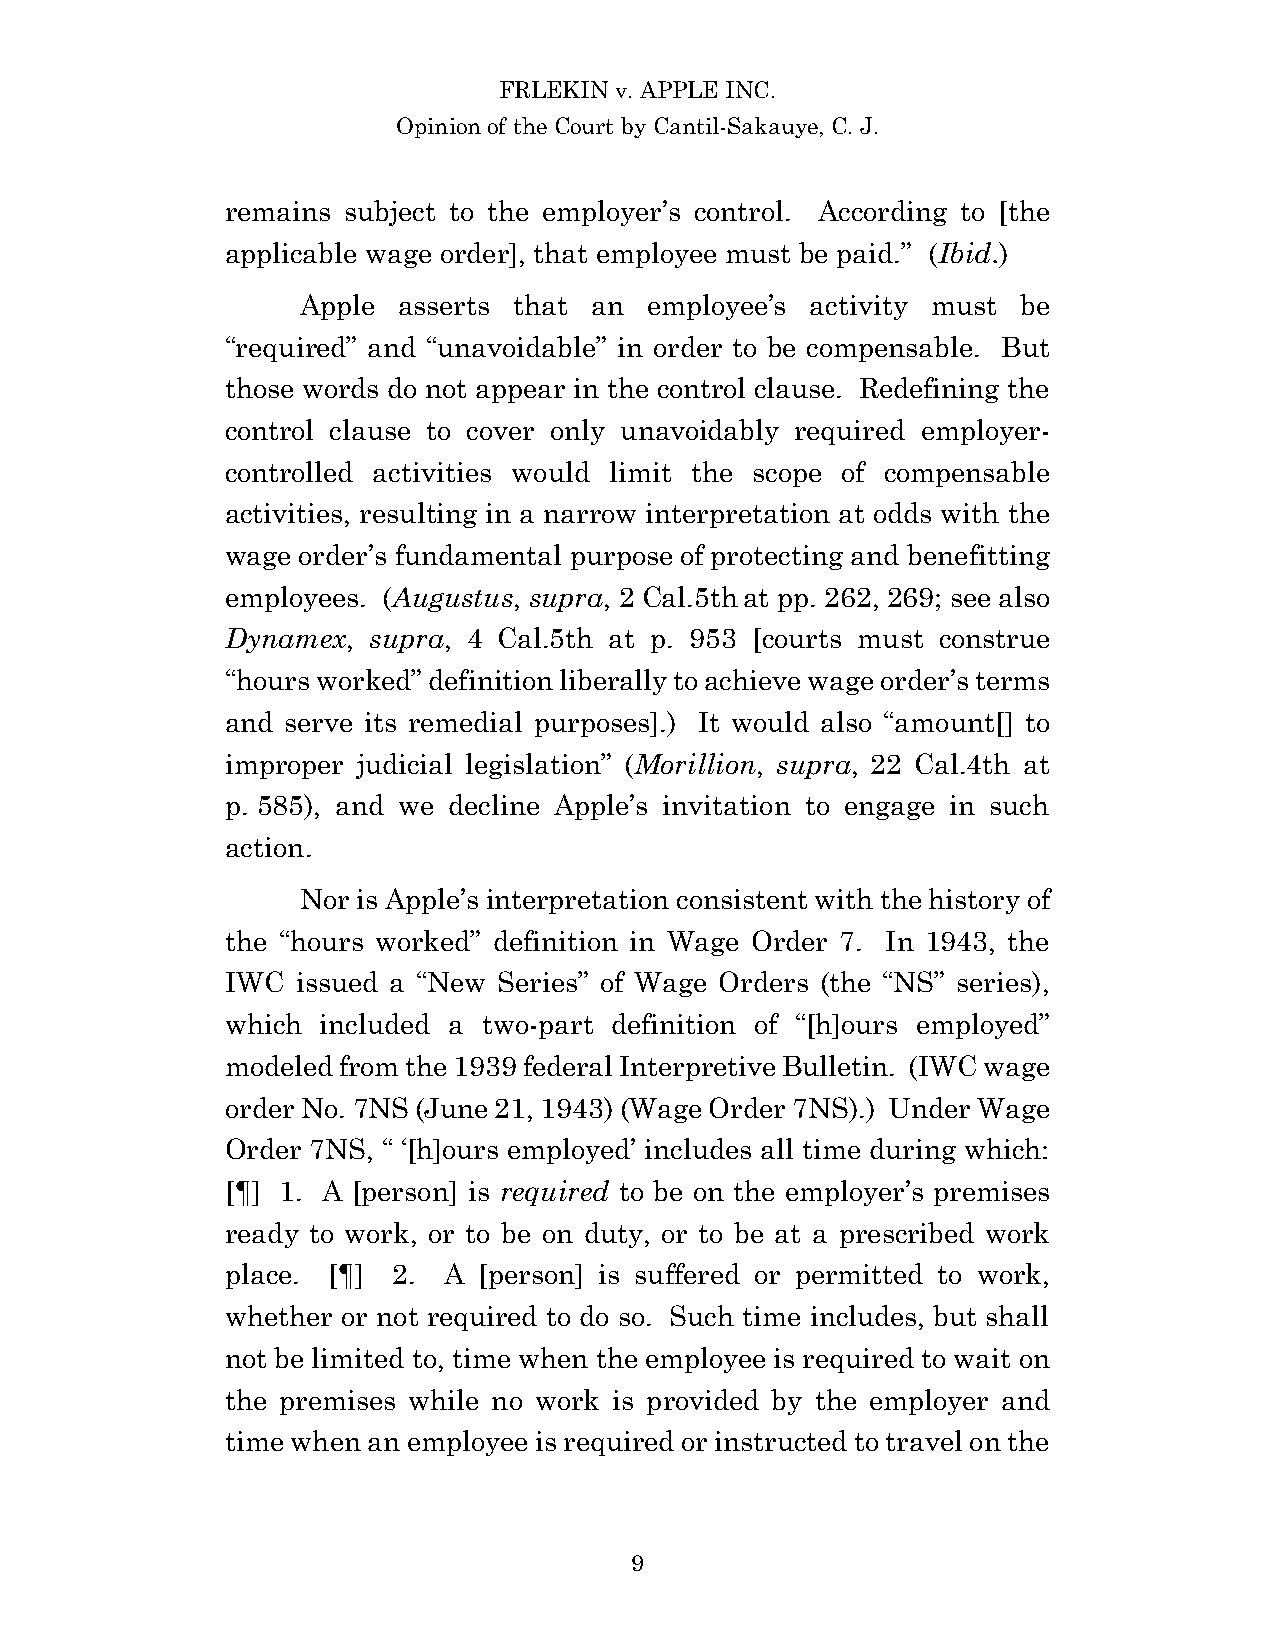
FRLEKIN v. APPLE INC.
 Opinion of the Court by Cantil-Sakauye, C. J.
 remains subject to the employer’s control. According to [the
 applicable wage order], that employee must be paid.” (Ibid.)
 Apple asserts that an  employee’s activity must be
 “required” and “unavoidable” in order to be compensable. But
 those words do not appear in the control clause. Redefining the
 control clause to cover only unavoidably required employer-
 controlled activities would limit the scope of compensable
 activities, resulting in a narrow interpretation at odds with the
 wage order’s fundamental purpose of protecting and benefitting
 employees. (Augustus, supra, 2 Cal.5th at pp. 262, 269; see also
 Dynamex, supra, 4 Cal.5th at p. 953 [courts must construe
 “hours worked” definition liberally to achieve wage order’s terms
 and serve its remedial purposes].) It would also “amount[] to
 improper judicial legislation” (Morillion, supra, 22 Cal.4th at
 p. 585), and we decline Apple’s invitation to engage in such
 action.
 Nor is Apple’s interpretation consistent with the history of
 the “hours worked” definition in Wage Order 7. In 1943, the
 IWC  issued a “New Series” of Wage Orders (the “NS” series),
 which included a two-part definition of “[h]ours employed”
 modeled from the 1939 federal Interpretive Bulletin. (IWC wage
 order No. 7NS (June 21, 1943) (Wage Order 7NS).) Under Wage
 Order 7NS, “ ‘[h]ours employed’ includes all time during which:
 [¶] 1. A [person] is required to be on the employer’s premises
 ready to work, or to be on duty, or to be at a prescribed work
 place. [¶] 2. A  [person] is suffered or permitted to work,
 whether or not required to do so. Such time includes, but shall
 not be limited to, time when the employee is required to wait on
 the premises while no work is provided by the employer and
 time when an employee is required or instructed to travel on the
 9